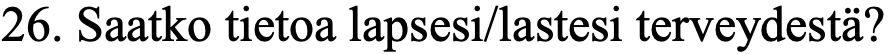
26. Saatko tietoa lapsesi/lastesi terveydestä?